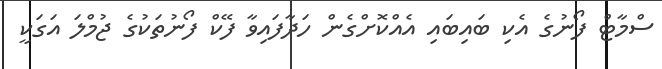
ސްމާޓް ފޯނުގެ އެކި ބައިބައި އެއްކޮށްގެން ހަދާފައިވާ ފޭކް ފޯނުތަކުގެ ޖުމްލަ އަގަކީ